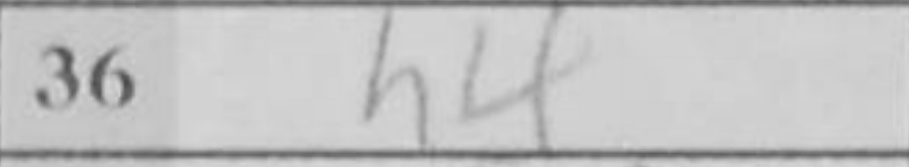
Transcription: h4